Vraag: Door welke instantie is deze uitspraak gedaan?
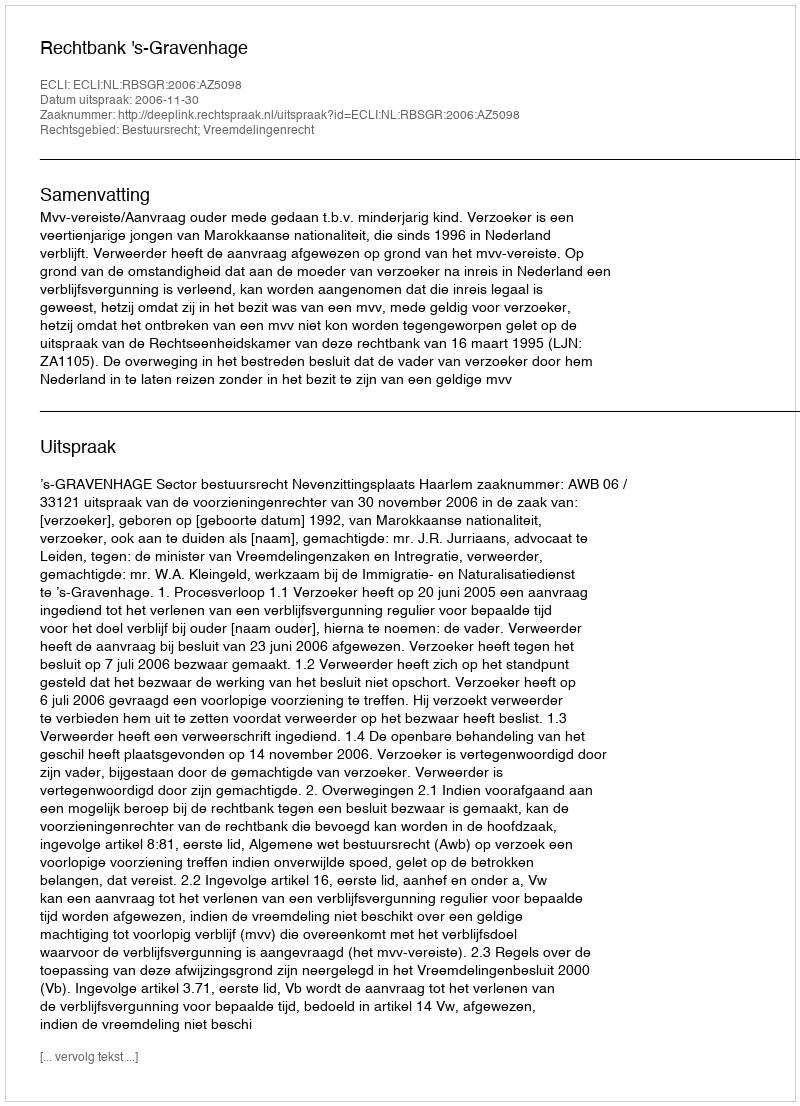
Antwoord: Rechtbank 's-Gravenhage